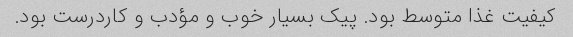
کیفیت غذا متوسط بود. پیک بسیار خوب و مؤدب و کاردرست بود.